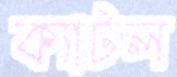
ক্যাটল